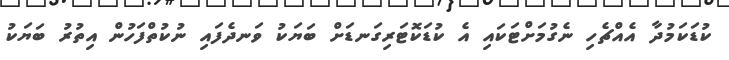
ކުޑަކަމުދާ އެއްޗެހި ނެގުމަށްޓަކައި އެ ކުޑަކޮޓަރިގަނޑަށް ބަޔަކު ވަނދެފައި ނުކުތްފަހުން އިތުރު ބަޔަކު